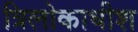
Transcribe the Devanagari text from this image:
त्रिलोकाधीश